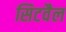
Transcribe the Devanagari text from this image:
सिटवैल